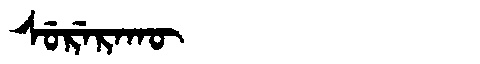
Manchu: ᠰᡠᡵᡝᡵᠠᡴᡡ
Romanization: SURERAKŪ